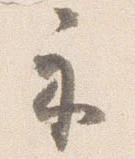
示